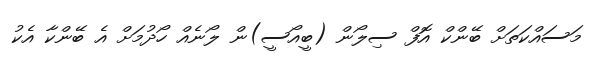
މަސައްކަތަށް ބޭންކް އޮފް ސިލޯން (ބީއޯސީ)ން ލޯނެއް ހޯދުމަށް އެ ބޭންކާ އެކު